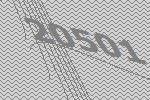
20501